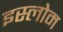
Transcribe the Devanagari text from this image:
इस्लोम